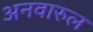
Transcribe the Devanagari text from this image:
अनवारुल